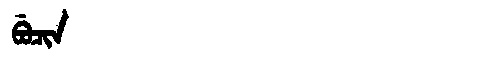
Manchu: ᠪᡠᠴᡳᠨ
Romanization: BUCIN